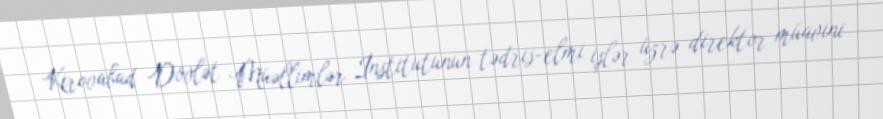
Kirovabad Dövlət Müəllimlər İnstitutunun tədris-elmi işlər üzrə direktor müavini